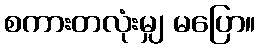
စကားတလုံးမျှ မပြော။